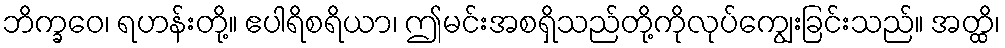
ဘိက္ခဝေ၊ ရဟန်းတို့။ ဧပါရိစရိယာ၊ ဤမင်းအစရှိသည်တို့ကိုလုပ်ကျွေးခြင်းသည်။ အတ္ထိ၊